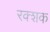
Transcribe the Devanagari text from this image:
रक्शक